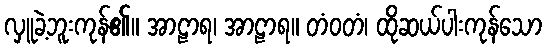
လှူခဲ့ဘူးကုန်၏။ အာဠာရ၊ အာဠာရ။ တံဝတံ၊ ထိုဆယ်ပါးကုန်သော